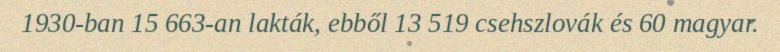
1930-ban 15 663-an lakták, ebből 13 519 csehszlovák és 60 magyar.